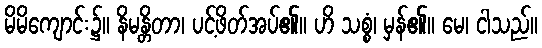
မိမိကျောင်း၌။ နိမန္တိတာ၊ ပင့်ဖိတ်အပ်၏။ ဟိ သစ္စံ၊ မှန်၏။ မေ၊ ငါသည်။